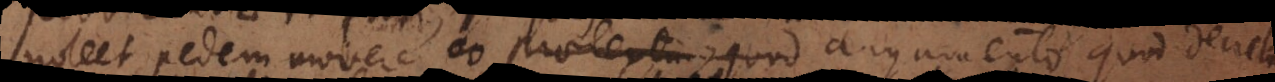
em movere ex praetextu quod argumento quod decret